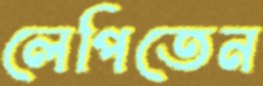
লেপিতেন